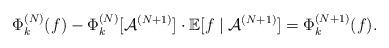
LaTeX: \begin{align*}\Phi_{k}^{(N)}(f)-\Phi_{k}^{(N)}[\mathcal{A}^{(N+1)}]\cdot\mathbb{E}[f\mid\mathcal{A}^{(N+1)}]=\Phi_{k}^{(N+1)}(f).\end{align*}